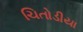
ચિતોડીયા